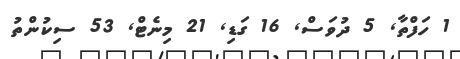
1 ހަފްތާ